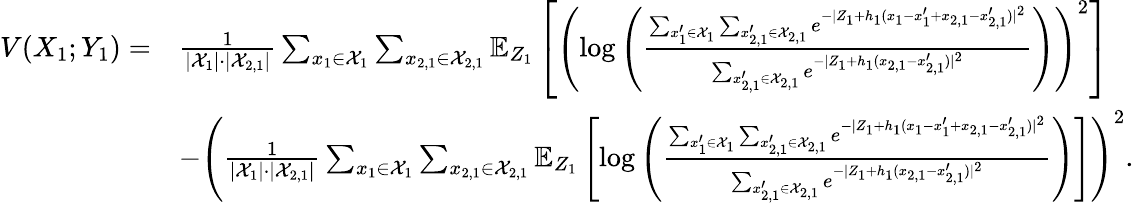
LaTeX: \begin{array}{rl}{V(X_{1};Y_{1})=}&{\frac{1}{|\mathcal{X}_{1}|\cdot|\mathcal{X}_{2,1}|}\sum_{x_{1}\in\mathcal{X}_{1}}\sum_{x_{2,1}\in\mathcal{X}_{2,1}}\mathbb{E}_{Z_{1}}\left[\left(\log\left(\frac{\sum_{x_{1}^{\prime}\in\mathcal{X}_{1}}\sum_{x_{2,1}^{\prime}\in\mathcal{X}_{2,1}}e^{-|Z_{1}+h_{1}(x_{1}-x_{1}^{\prime}+x_{2,1}-x_{2,1}^{\prime})|^{2}}}{\sum_{x_{2,1}^{\prime}\in\mathcal{X}_{2,1}}e^{-|Z_{1}+h_{1}(x_{2,1}-x_{2,1}^{\prime})|^{2}}}\right)\right)^{2}\right]}\\ &{-\left(\frac{1}{|\mathcal{X}_{1}|\cdot|\mathcal{X}_{2,1}|}\sum_{x_{1}\in\mathcal{X}_{1}}\sum_{x_{2,1}\in\mathcal{X}_{2,1}}\mathbb{E}_{Z_{1}}\left[\log\left(\frac{\sum_{x_{1}^{\prime}\in\mathcal{X}_{1}}\sum_{x_{2,1}^{\prime}\in\mathcal{X}_{2,1}}e^{-|Z_{1}+h_{1}(x_{1}-x_{1}^{\prime}+x_{2,1}-x_{2,1}^{\prime})|^{2}}}{\sum_{x_{2,1}^{\prime}\in\mathcal{X}_{2,1}}e^{-|Z_{1}+h_{1}(x_{2,1}-x_{2,1}^{\prime})|^{2}}}\right)\right]\right)^{2}.}\end{array}